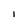
Character: l